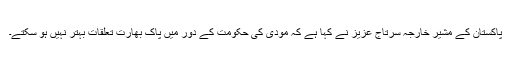
پاکستان کے مشیر خارجہ سرتاج عزیز نے کہا ہے کہ مودی کی حکومت کے دور میں پاک بھارت تعلقات بہتر نہیں ہو سکتے۔